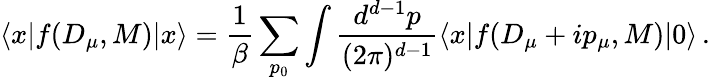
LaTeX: \langle x|f(D_{\mu},M)|x\rangle=\frac{1}{\beta}\sum_{p_{0}}\int\frac{d^{d-1}p}{(2\pi)^{d-1}}\langle x|f(D_{\mu}+ip_{\mu},M)|0\rangle\, .